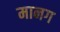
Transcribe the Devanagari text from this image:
मानग